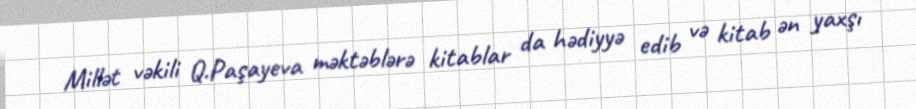
Millət vəkili Q.Paşayeva məktəblərə kitablar da hədiyyə edib və kitab ən yaxşı